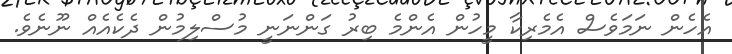
އެހެން ނަމަވެސް އެމެރިކާ މީހުން އެންމެ ބިރު ގަންނަނީ މުސްލިމުން ދެކެއެއް ނޫނެވެ.